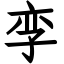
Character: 孪